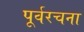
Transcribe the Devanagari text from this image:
पूर्वरचना